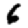
Digit: 6